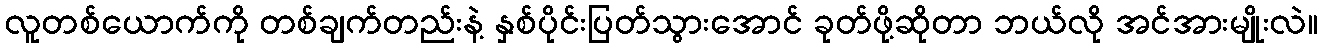
လူတစ်ယောက်ကို တစ်ချက်တည်းနဲ့ နှစ်ပိုင်းပြတ်သွားအောင် ခုတ်ဖို့ဆိုတာ ဘယ်လို အင်အားမျိုးလဲ။